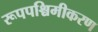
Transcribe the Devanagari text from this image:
रूपपश्चिमीकरण